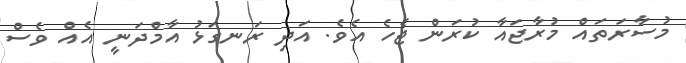
މުސާރަތައް މުރާޖައާ ކުރަން ޖެހެ އެވެ. އަދި ރަނގަޅު އާމްދަނީ އެއް ވެސް